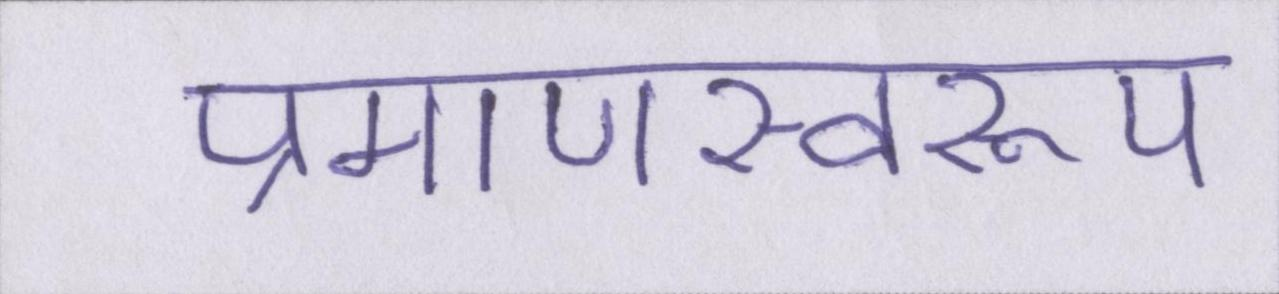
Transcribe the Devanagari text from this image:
प्रमाणस्वरूप